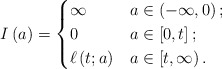
\begin{align*}I \left( a \right) = \begin{cases} \infty & a \in \left( -\infty,0 \right);\\ 0 & a \in \left[ 0,t \right];\\ \ell \left( t ; a \right) & a \in \left[ t,\infty \right).\end{cases}\end{align*}